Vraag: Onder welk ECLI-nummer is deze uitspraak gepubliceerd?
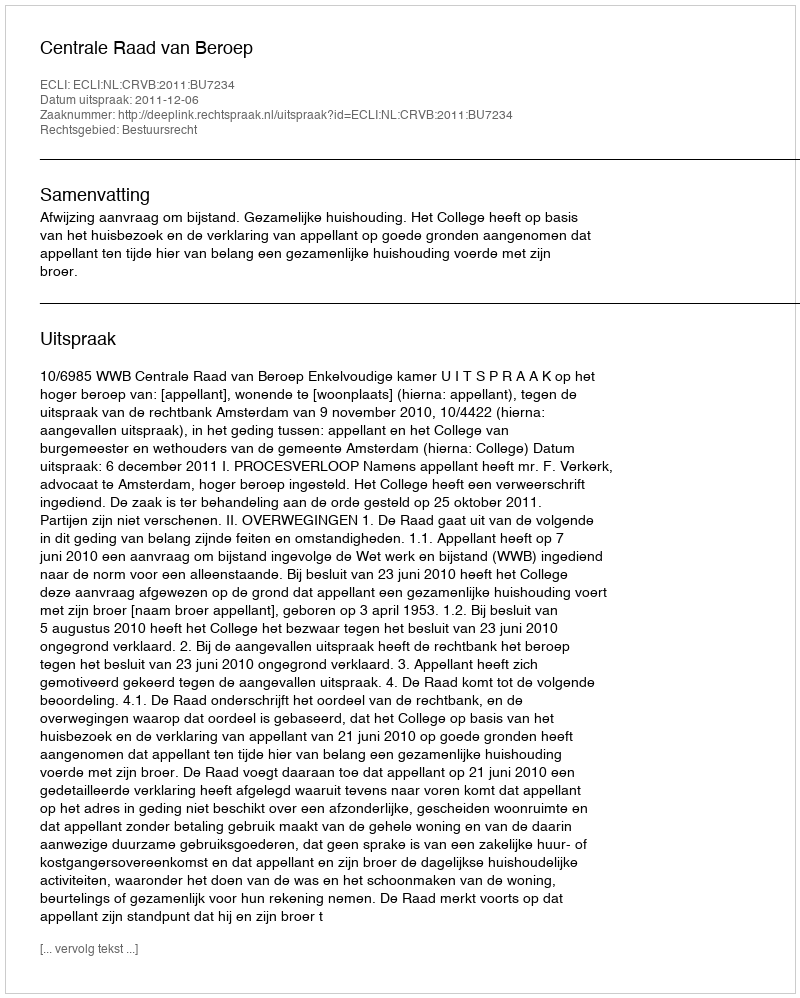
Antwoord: ECLI:NL:CRVB:2011:BU7234